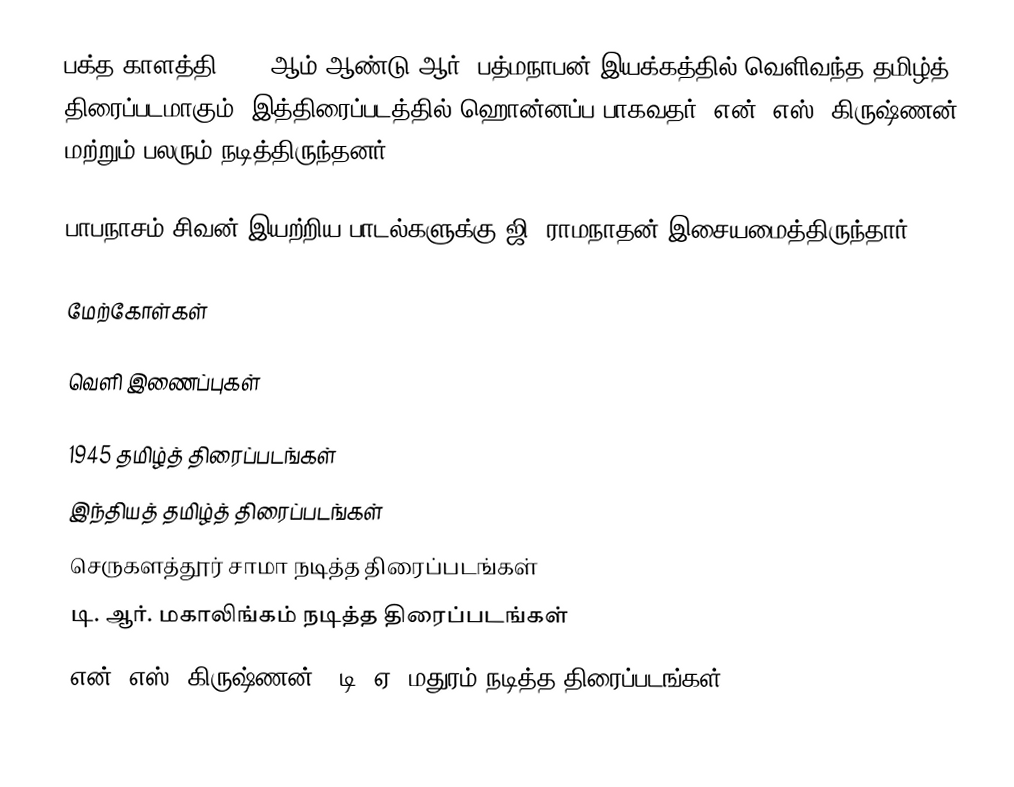
பக்த காளத்தி 1945 ஆம் ஆண்டு  ஆர். பத்மநாபன் இயக்கத்தில் வெளிவந்த தமிழ்த் திரைப்படமாகும். இத்திரைப்படத்தில் ஹொன்னப்ப பாகவதர், என். எஸ். கிருஷ்ணன் மற்றும் பலரும் நடித்திருந்தனர்.

பாபநாசம் சிவன் இயற்றிய பாடல்களுக்கு ஜி. ராமநாதன் இசையமைத்திருந்தார்.

மேற்கோள்கள்

வெளி இணைப்புகள்

1945 தமிழ்த் திரைப்படங்கள்
இந்தியத் தமிழ்த் திரைப்படங்கள்
செருகளத்தூர் சாமா நடித்த திரைப்படங்கள்
டி. ஆர். மகாலிங்கம் நடித்த திரைப்படங்கள்
என். எஸ். கிருஷ்ணன் - டி. ஏ. மதுரம் நடித்த திரைப்படங்கள்